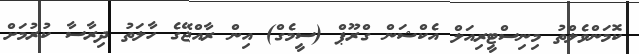
ކޮމަންވެލްތު މިނިސްޓީރިއަލް އެކްޝަން ގްރޫޕް (ސީމެގް) އިން ރާއްޖޭގެ ހާލަތު ދިރާސާ ކުރުމަށް